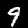
Label: 9